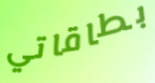
بطاقاتي